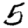
Digit: 5